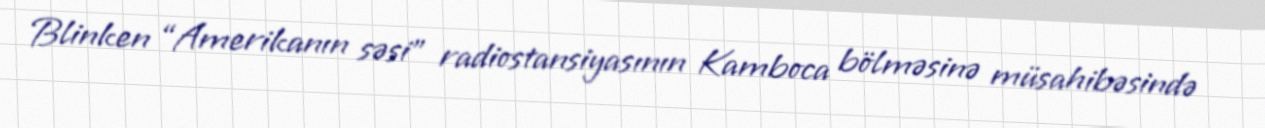
Blinken “Amerikanın səsi” radiostansiyasının Kamboca bölməsinə müsahibəsində